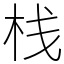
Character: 栈